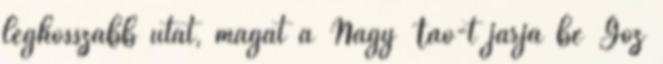
leghosszabb utat, magát a Nagy Tao-t járja be Gőz